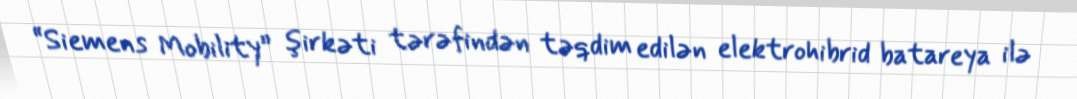
“Siemens Mobility” şirkəti tərəfindən təqdim edilən elektrohibrid batareya ilə